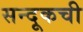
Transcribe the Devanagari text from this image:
सन्दूकची